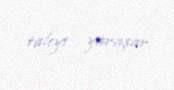
taleyi yaraşar.